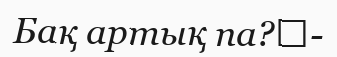
Бақ артық па?	-